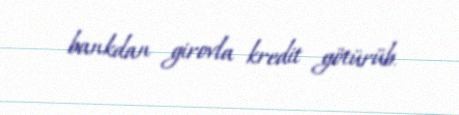
bankdan girovla kredit götürüb.